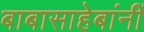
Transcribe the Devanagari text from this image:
बाबासाहेबांनीं